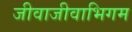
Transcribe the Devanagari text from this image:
जीवाजीवाभिगम